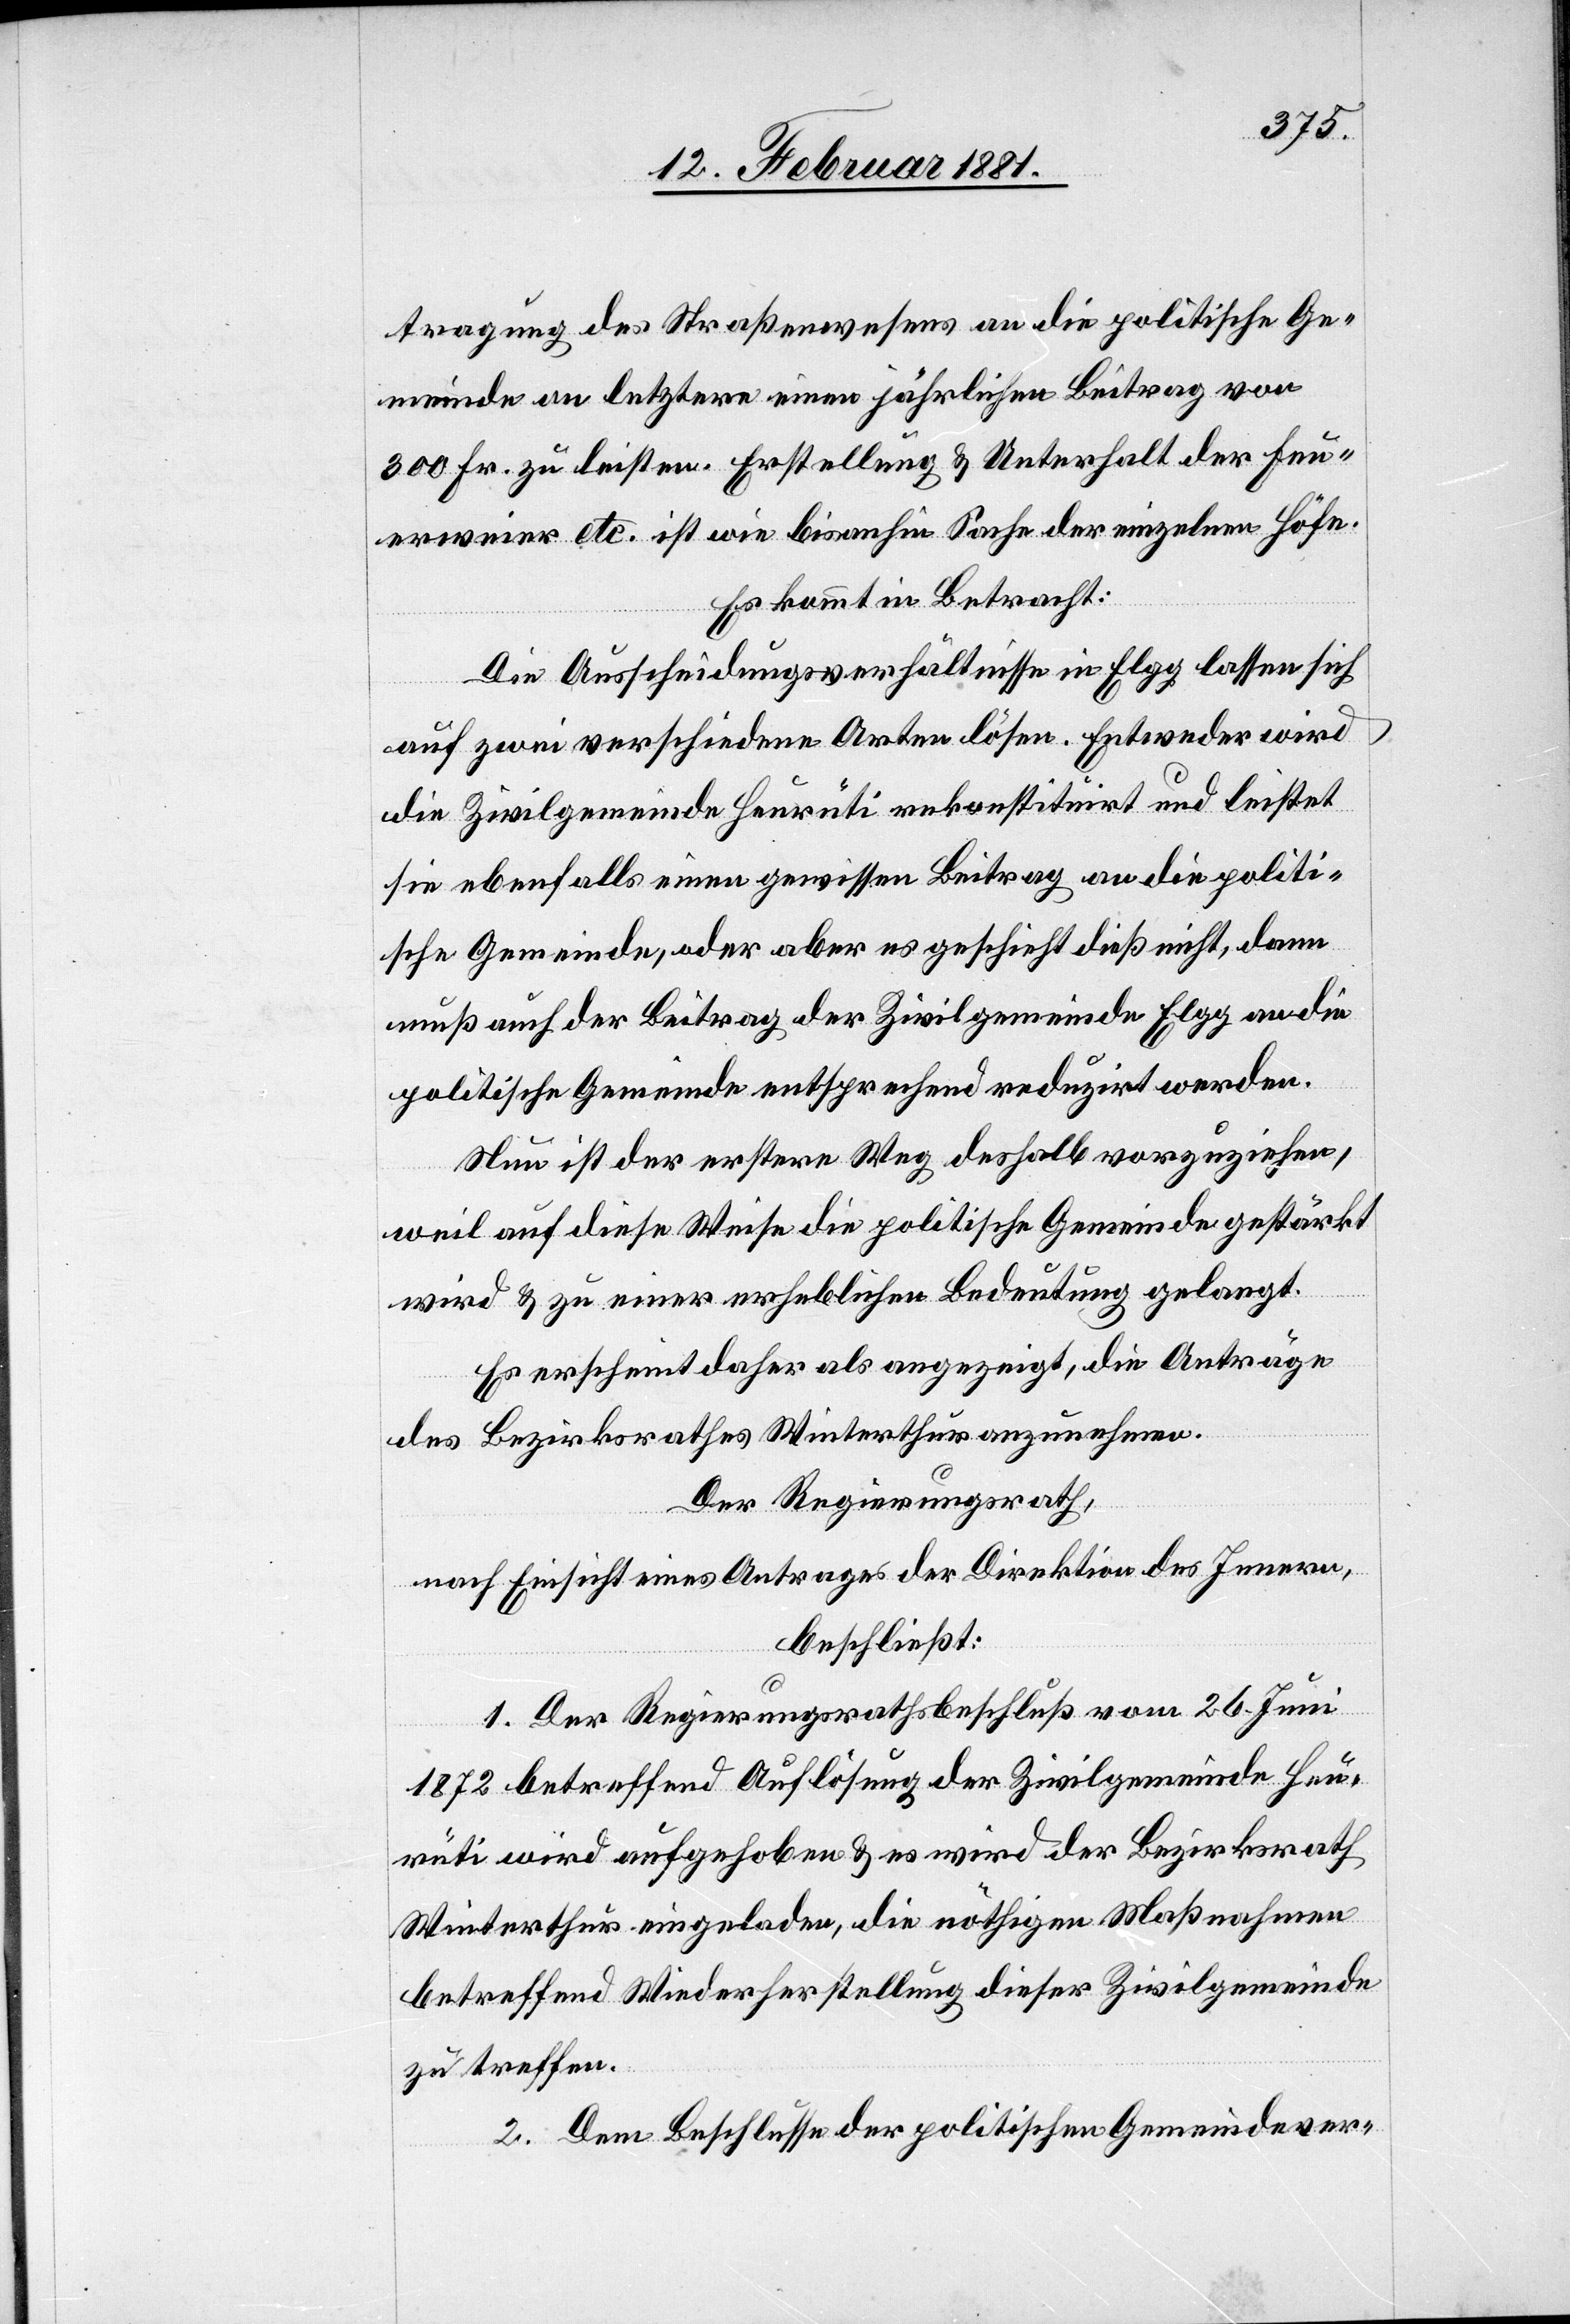
tragung des Straßenwesens an die politische Ge¬
meinde an letztere einen jährlichen Beitrag von
300 Fr. zu leisten. Erstellung & Unterhalt der Feu¬
erweier etc. ist wie bisanhin Sache der einzelnen Höfe.
Es kommt in Betracht:
Die Ausscheidungsverhältnisse in Elgg lassen sich
auf zwei verschiedene Arten lösen. Entweder wird
die Zivilgemeinde Heurüti rekonstituirt und leistet
sie ebenfalls einen gewissen Beitrag an die politi¬
sche Gemeinde, oder aber es geschieht dieß nicht, dann
muß auch der Beitrag der Zivilgemeinde Elgg an die
politische Gemeinde entsprechend reduzirt werden.
Neu ist der erstere Weg deshalb vorzuziehen,
weil auf diese Weise die politische Gemeinde gestärkt
wird & zu einer erheblichen Bedeutung gelangt.
Es erscheint daher als angezeigt, die Anträge
des Bezirksrathes Winterthur anzunehmen.
Der Regierungsrath,
nach Einsicht eines Antrages der Direktion des Innern,
beschließt:
1. Der Regierungsrathsbeschluß vom 26. Juni
1872 betreffend Auflösung der Zivilgemeinde Heu¬
rüti wird aufgehoben & es wird der Bezirksrath
Winterthur eingeladen, die nöthigen Maßnahmen
betreffend Wiederherstellung dieser Zivilgemeinde
zu treffen.
2. Dem Beschlusse der politischen Gemeindever-